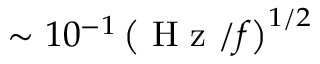
\sim 1 0 ^ { - 1 } \left( \mathrm { ~ H ~ z ~ } / f \right) ^ { 1 / 2 }